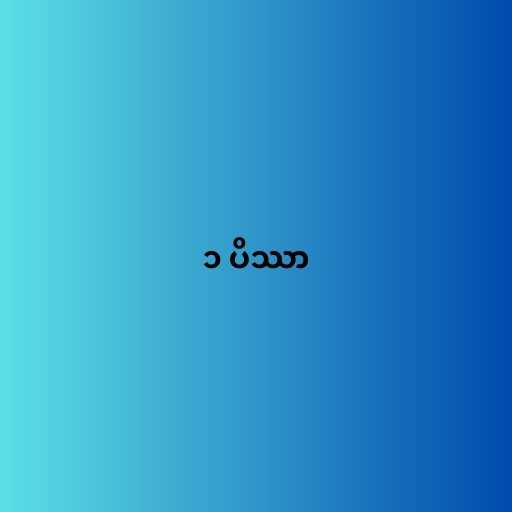
၁ ပိဿာ